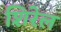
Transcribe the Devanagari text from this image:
शिरेल